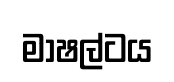
මාෂල්ටය